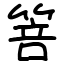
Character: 箁